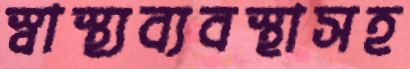
স্বাস্থ্যব্যবস্থাসহ